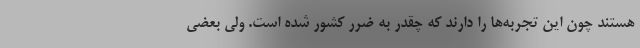
هستند چون این تجربه‌ها را دارند که چقدر به ضرر کشور شده است. ولی بعضی